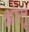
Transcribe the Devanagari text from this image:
श्रोतृ